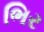
ભિર